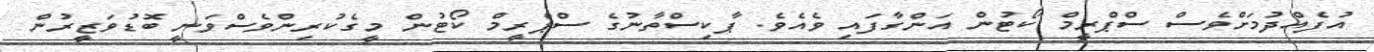
އުފެއްދުމަށްވެސް ސްޕްރީމް ކޯޓުން އަންގާފައި ވެއެވެ. ޕާކިސްތާނުގެ ސްޕްރީމް ކޯޓުން މީގެކުރިންވެސްވަނީ ބޮޑުވަޒީރުން